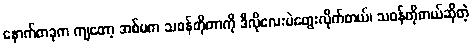
နောက်တခုက ကျတော့ အစ်မက သဝန်တိုတာကို ဒီလိုလေးပဲတွေးလိုက်တယ်၊ သဝန်တိုတယ်ဆိုတဲ့